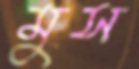
মুস